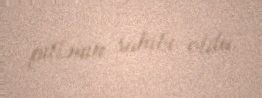
pillənin sahibi oldu.